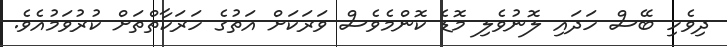
ދިވެހި ބޭސް ހަދައި ލޮނުވެލި މޮޑެ ކޮންމެވެސް ވަރަކަށް އަތުގެ ހަރަކާތްތަށް ކުރުވަމުއެވެ.